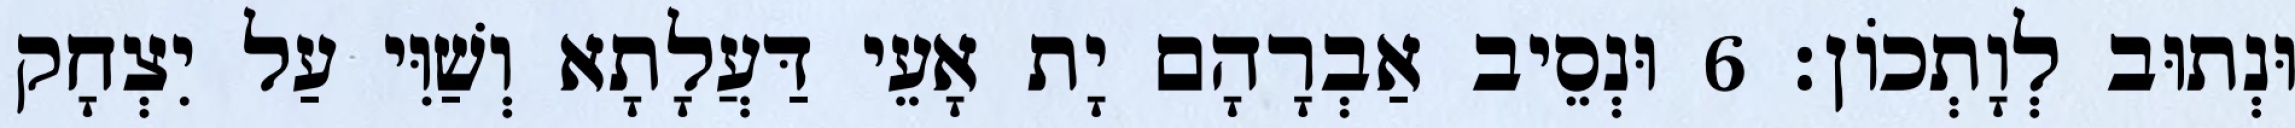
וּנְתוּב לְוָתְכוֹן׃ 6 וּנְסֵיב אַבְרָהָם יָת אָעֵי דַּעֲלָתָא וְשַׁוִּי עַל יִצְחָק